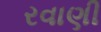
રવાણી